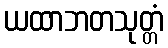
ယထာဘတသုတ္တံ